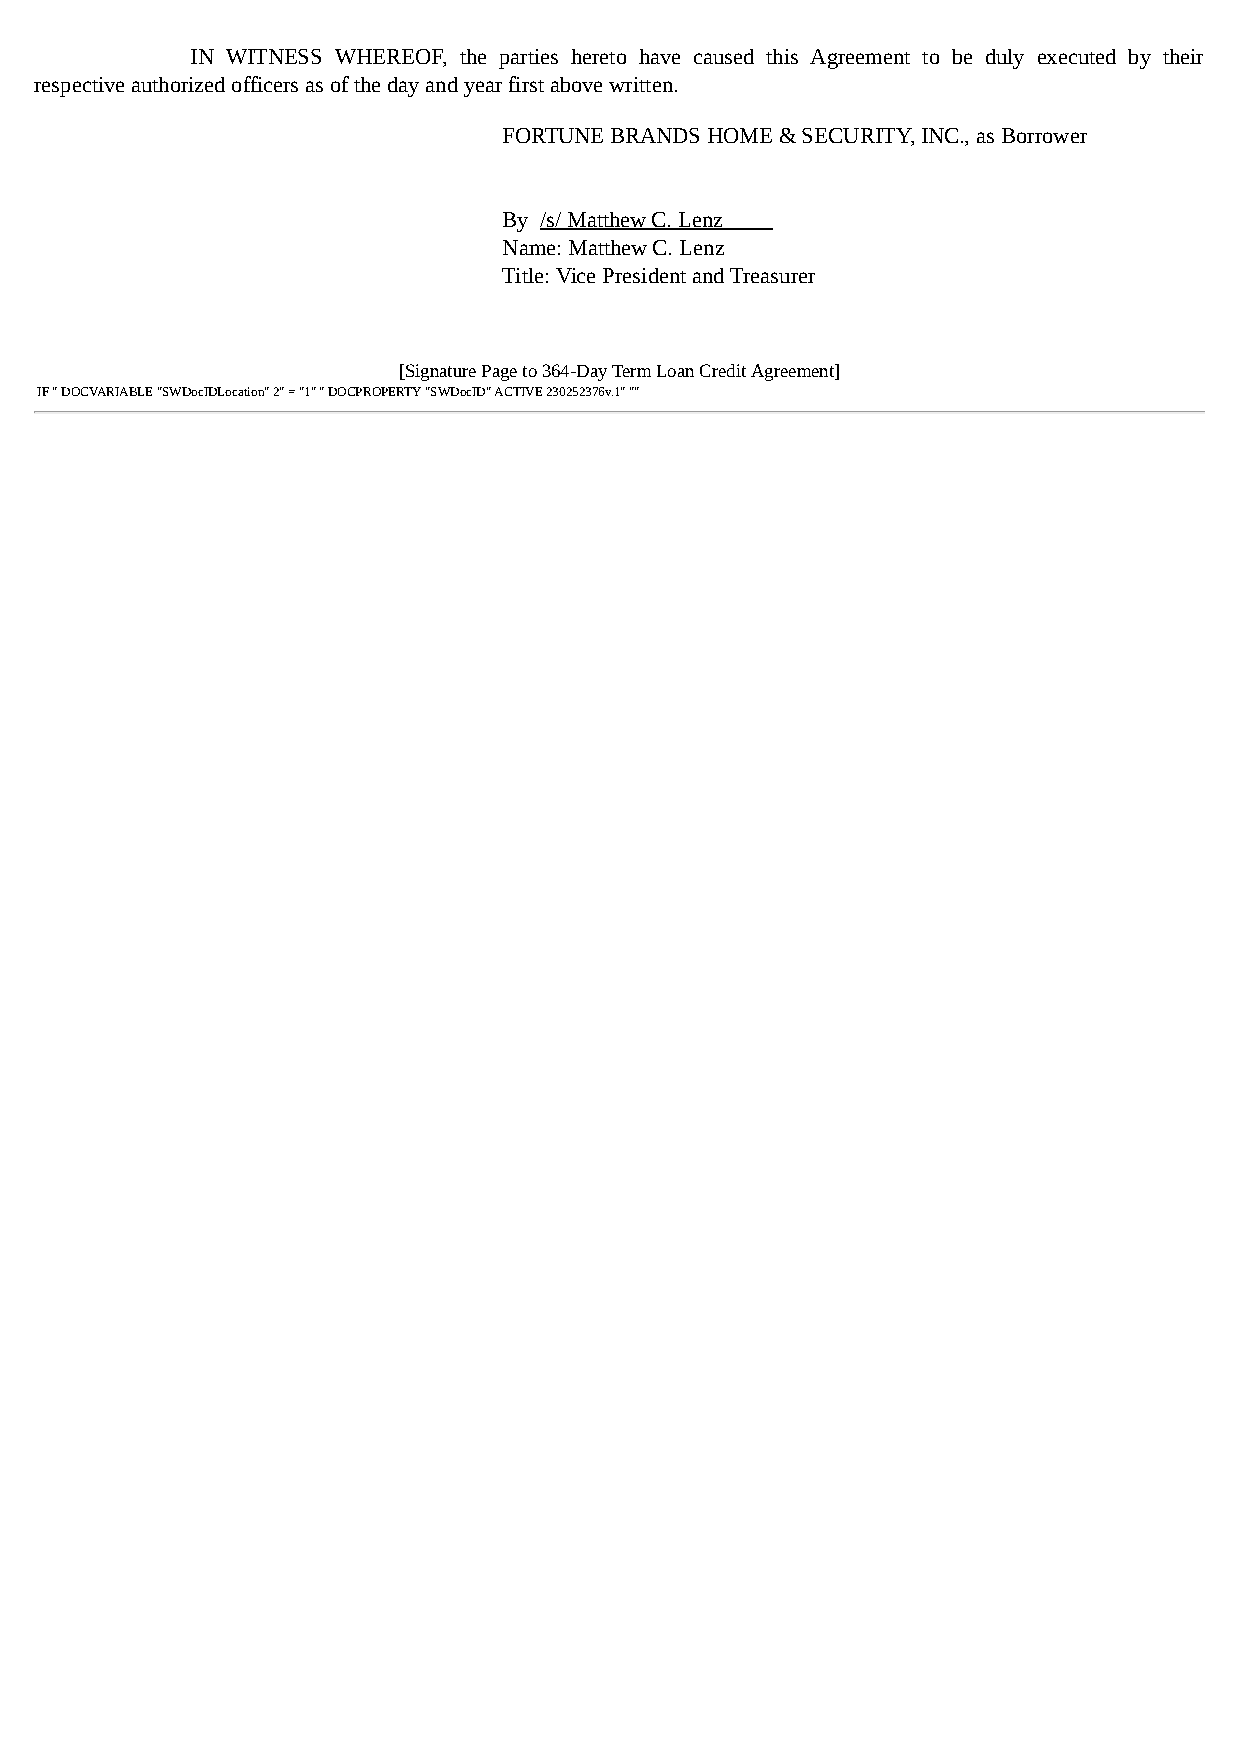
IN WITNESS WHEREOF, the parties hereto have caused this Agreement to be duly executed by their
 respective authorized officers as of the day and year first above written.
 FORTUNE BRANDS HOME & SECURITY, INC., as Borrower
 By /s/ Matthew C. Lenz
 Name: Matthew C. Lenz
 Title: Vice President and Treasurer
 [Signature Page to 364-Day Term Loan Credit Agreement]
 IF " DOCVARIABLE "SWDocIDLocation" 2" = "1" " DOCPROPERTY "SWDocID" ACTIVE 230252376v.1" ""